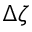
\Delta \zeta